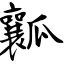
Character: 瓤